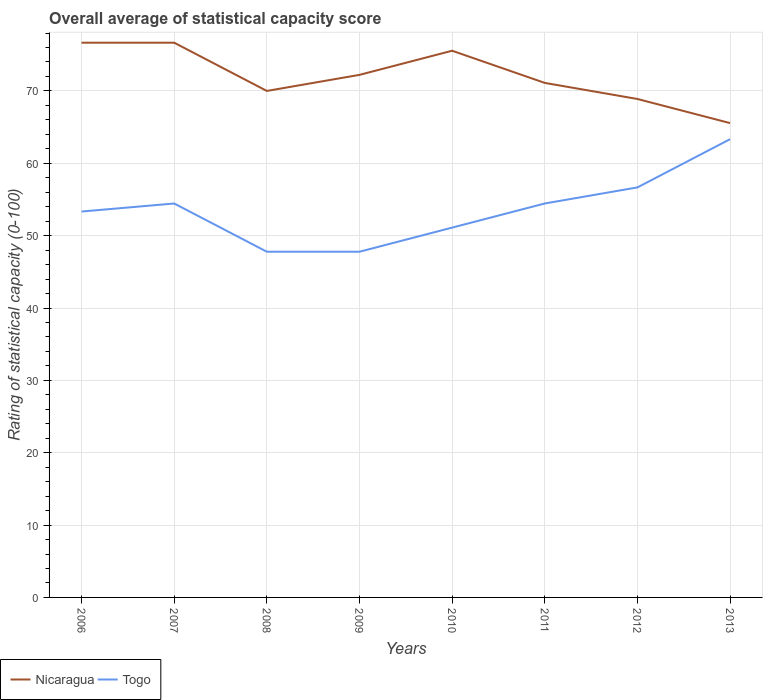
| Years | Nicaragua | Togo |
 | --- | --- | --- |
 | 2006 | 76.7 | 53.3 |
 | 2007 | 76.7 | 54.4 |
 | 2008 | 70 | 47.8 |
 | 2009 | 72.2 | 47.8 |
 | 2010 | 75.6 | 51.1 |
 | 2011 | 71.1 | 54.4 |
 | 2012 | 68.9 | 56.7 |
 | 2013 | 65.6 | 63.3 |